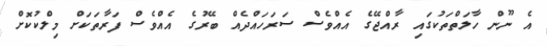
އެ ނޫން ހާލަތްތަކުގައި ރާއްޖޭގެ އެއްވެސް ސަރަހައްދެއް ބޭރުގެ އެއްވެސް ފަރާތަކަށް މިލްކުކޮށް